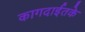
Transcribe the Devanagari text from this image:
कागदाईतके